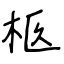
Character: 柩